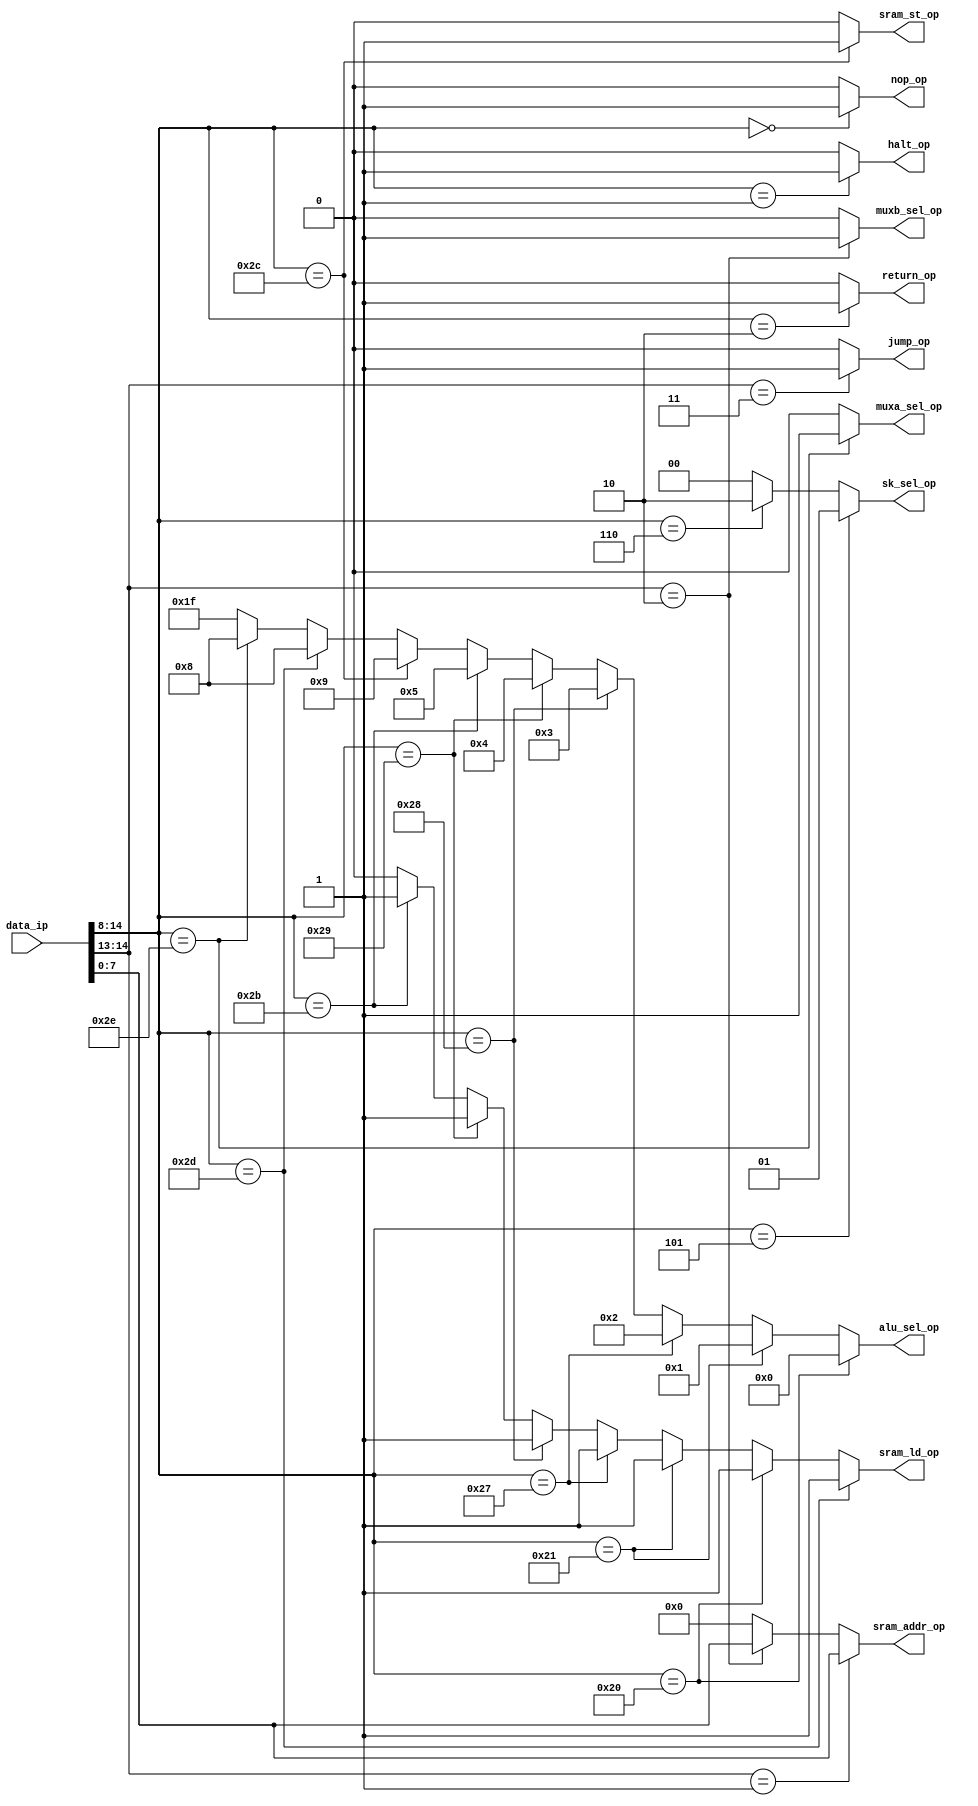
`timescale 1ns / 1ps
//////////////////////////////////////////////////////////////////////////////////
// Module Name: decoder
// Project Name: TRSQ8
//////////////////////////////////////////////////////////////////////////////////


module decoder (
    input [14:0] data_ip,
	output [4:0] alu_sel_op,
	output [1:0] sk_sel_op,
	output muxa_sel_op, muxb_sel_op,
	output [7:0] sram_addr_op,
	output sram_ld_op, sram_st_op, nop_op, halt_op, return_op, jump_op);


	assign alu_sel_op = data_ip[14:8] == 7'b0100000 ? 5'b00000: // ADD
					 	data_ip[14:8] == 7'b0100001 ? 5'b00001: // SUB
					 	data_ip[14:8] == 7'b0100111 ? 5'b00010: // AND
					 	data_ip[14:8] == 7'b0101000 ? 5'b00011: // OR
					 	data_ip[14:8] == 7'b0101001 ? 5'b00100: // NOT
					 	data_ip[14:8] == 7'b0101011 ? 5'b00101: // XOR
					 	data_ip[14:8] == 7'b0101100 ? 5'b01001: // ST
					 	data_ip[14:8] == 7'b0101101 ? 5'b01000: // LD
					 	data_ip[14:8] == 7'b0101110 ? 5'b01000: // LDL
					 	                              5'b11111;					 						 	


	assign sk_sel_op = data_ip[14:8] == 7'b0000101 ? 2'b01: // SKZ
					   data_ip[14:8] == 7'b0000110 ? 2'b10: // SKC
					                                 2'b00;


	assign muxa_sel_op = data_ip[14:8] == 7'b0101110 ? 1'b1: // Read from Literal
	                                                   1'b0; // Read from File Regs

	assign muxb_sel_op = data_ip[14:13] == 2'b10 ? 1'b1: // Bit instruction
	                                               1'b0; // from W


	assign sram_addr_op = data_ip[14:13] == 2'b01 ? data_ip[7:0]:
					 	  data_ip[14:13] == 2'b10 ? data_ip[7:0]:
					 	                            8'h00;

    // peri_rd_en
	assign sram_ld_op = data_ip[14:8] == 7'b0101101 ? 1'b1: // LD
	                    data_ip[14:8] == 7'b0100000 ? 1'b1: // ADD 
					 	data_ip[14:8] == 7'b0100001 ? 1'b1: // SUB
                        data_ip[14:8] == 7'b0100111 ? 1'b1: // AND
                        data_ip[14:8] == 7'b0101000 ? 1'b1: // OR
                        data_ip[14:8] == 7'b0101001 ? 1'b1: // NOT
                        data_ip[14:8] == 7'b0101011 ? 1'b1: // XOR
	                    1'b0;
	// peri_wr_en         
	assign sram_st_op = data_ip[14:8] == 7'b0101100 ? 1'b1: 1'b0;
	
	assign nop_op    = data_ip[14:8] == 7'b0000000 ? 1'b1: 1'b0;
	assign halt_op   = data_ip[14:8] == 7'b0000001 ? 1'b1: 1'b0;
	assign return_op = data_ip[14:8] == 7'b0000010 ? 1'b1: 1'b0;

	assign jump_op = data_ip[14:13]==2'b11 ? 1'b1: 1'b0;

endmodule